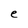
Character: e